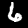
Digit: 6